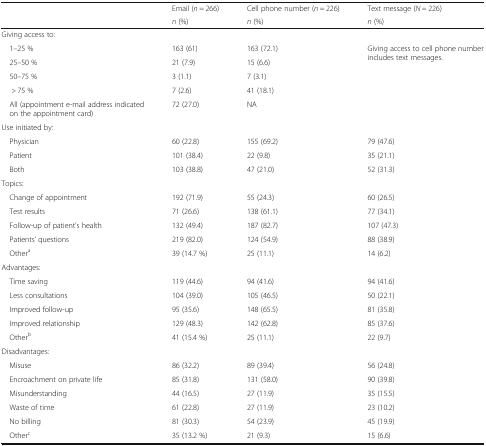
<table><thead><tr><td rowspan="2"></td><td><b>Email (<i>n</i> = 266)</b></td><td><b>Cell phone number (<i>n</i> = 226)</b></td><td><b>Text message (<i>N</i> = 226)</b></td></tr><tr><td><b><i>n</i> (%)</b></td><td><b><i>n</i> (%)</b></td><td><b><i>n</i> (%)</b></td></tr></thead><tbody><tr><td colspan="4">Giving access to:</td></tr><tr><td> 1–25 %</td><td>163 (61)</td><td>163 (72.1)</td><td rowspan="5">Giving access to cell phone number includes text messages.</td></tr><tr><td> 25–50 %</td><td>21 (7.9)</td><td>15 (6.6)</td></tr><tr><td> 50–75 %</td><td>3 (1.1)</td><td>7 (3.1)</td></tr><tr><td>&gt; 75 %</td><td>7 (2.6)</td><td>41 (18.1)</td></tr><tr><td> All (appointment e-mail address indicated on the appointment card)</td><td>72 (27.0)</td><td>NA</td></tr><tr><td colspan="4">Use initiated by:</td></tr><tr><td> Physician</td><td>60 (22.8)</td><td>155 (69.2)</td><td>79 (47.6)</td></tr><tr><td> Patient</td><td>101 (38.4)</td><td>22 (9.8)</td><td>35 (21.1)</td></tr><tr><td> Both</td><td>103 (38.8)</td><td>47 (21.0)</td><td>52 (31.3)</td></tr><tr><td colspan="4">Topics:</td></tr><tr><td> Change of appointment</td><td>192 (71.9)</td><td>55 (24.3)</td><td>60 (26.5)</td></tr><tr><td> Test results</td><td>71 (26.6)</td><td>138 (61.1)</td><td>77 (34.1)</td></tr><tr><td> Follow-up of patient’s health</td><td>132 (49.4)</td><td>187 (82.7)</td><td>107 (47.3)</td></tr><tr><td> Patients’ questions</td><td>219 (82.0)</td><td>124 (54.9)</td><td>88 (38.9)</td></tr><tr><td> Other<sup>a</sup></td><td>39 (14.7 %)</td><td>25 (11.1)</td><td>14 (6.2)</td></tr><tr><td colspan="4">Advantages:</td></tr><tr><td> Time saving</td><td>119 (44.6)</td><td>94 (41.6)</td><td>94 (41.6)</td></tr><tr><td> Less consultations</td><td>104 (39.0)</td><td>105 (46.5)</td><td>50 (22.1)</td></tr><tr><td> Improved follow-up</td><td>95 (35.6)</td><td>148 (65.5)</td><td>81 (35.8)</td></tr><tr><td> Improved relationship</td><td>129 (48.3)</td><td>142 (62.8)</td><td>85 (37.6)</td></tr><tr><td> Other<sup>b</sup></td><td>41 (15.4 %)</td><td>25 (11.1)</td><td>22 (9.7)</td></tr><tr><td colspan="4">Disadvantages:</td></tr><tr><td> Misuse</td><td>86 (32.2)</td><td>89 (39.4)</td><td>56 (24.8)</td></tr><tr><td> Encroachment on private life</td><td>85 (31.8)</td><td>131 (58.0)</td><td>90 (39.8)</td></tr><tr><td> Misunderstanding</td><td>44 (16.5)</td><td>27 (11.9)</td><td>35 (15.5)</td></tr><tr><td> Waste of time</td><td>61 (22.8)</td><td>27 (11.9)</td><td>23 (10.2)</td></tr><tr><td> No billing</td><td>81 (30.3)</td><td>54 (23.9)</td><td>45 (19.9)</td></tr><tr><td> Other<sup>c</sup></td><td>35 (13.2 %)</td><td>21 (9.3)</td><td>15 (6.6)</td></tr></tbody></table>